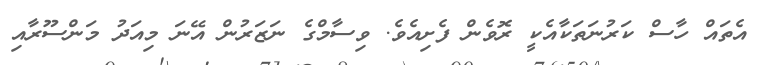
އެތައް ހާސް ކަރުނަތަކާއެކީ ރޮވެން ފެށިއެވެ. ވިސާމްގެ ނަޒަރުން އޭނަ މިއަދު މަންސޫރާއި